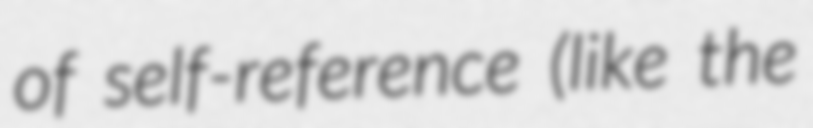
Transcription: of self-reference (like the